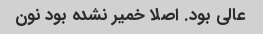
عالی بود. اصلا خمیر نشده بود نون